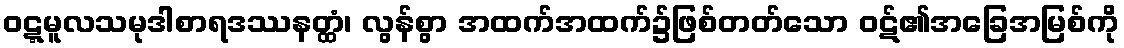
ဝဋ္ဋမူလသမုဒါစာရဒဿနတ္ထံ၊ လွန်စွာ အထက်အထက်၌ဖြစ်တတ်သော ဝဋ်၏အခြေအမြစ်ကို